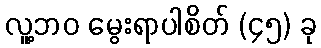
လူ့ဘဝ မွေးရာပါစိတ် (၄၅) ခု